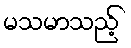
မသမာသည့်